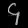
Digit: ၄